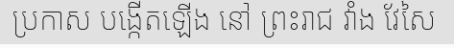
ប្រកាស បង្កើតឡើង នៅ ព្រះរាជ វាំង វែសៃ